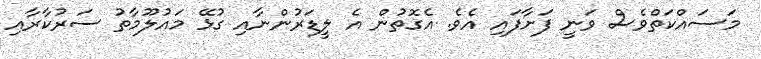
މަސައްކަތްވެސް ވަނީ ފަށާފައި އެވެ. އެގޮތުން އެ ލީޑަރުންނާއި ގުޅޭ މައުލޫމާތު ސަރުކާރާއި